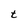
Character: t